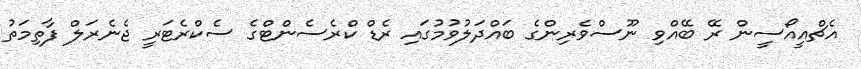
އެޗްއީއޯސީން ރޭ ބޭއްވި ނޫސްވެރިންގެ ބައްދަލުވުމުގައި ރެޑް ކްރެސެންޓްގެ ސެކްރެޓަރީ ޖެނެރަލް ފާތިމަތު